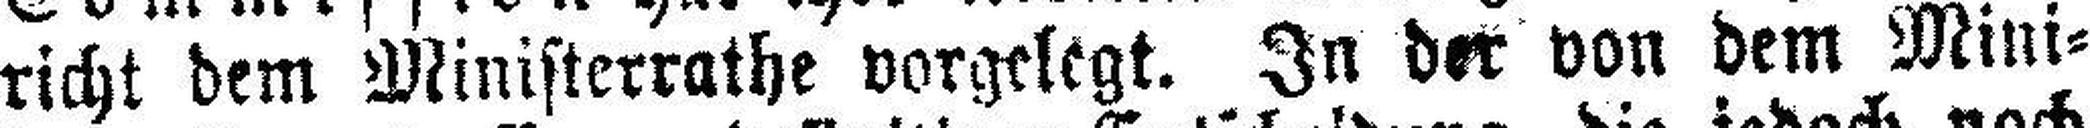
richt dem Ministerrathe vorgelegt. In der von dem Mini¬